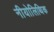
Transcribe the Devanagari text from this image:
नीयोलिथिक